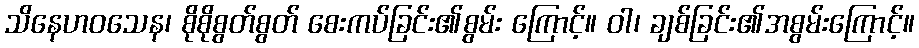
သိနေဟဝသေန၊ စိုစိုစွတ်စွတ် စေးကပ်ခြင်း၏စွမ်း ကြောင့်။ ဝါ၊ ချစ်ခြင်း၏အစွမ်းကြောင့်။